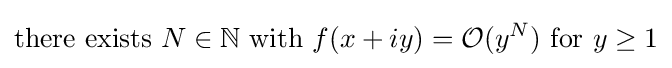
{\text{there exists }}N\in \mathbb {N} {\text{ with }}f(x+iy)={\mathcal {O}}(y^{N}){\text{ for }}y\geq 1